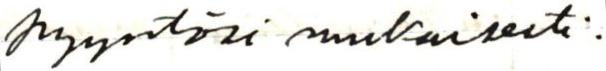
pyyntösi mukaisesti.